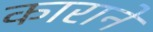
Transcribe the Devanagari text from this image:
काराने